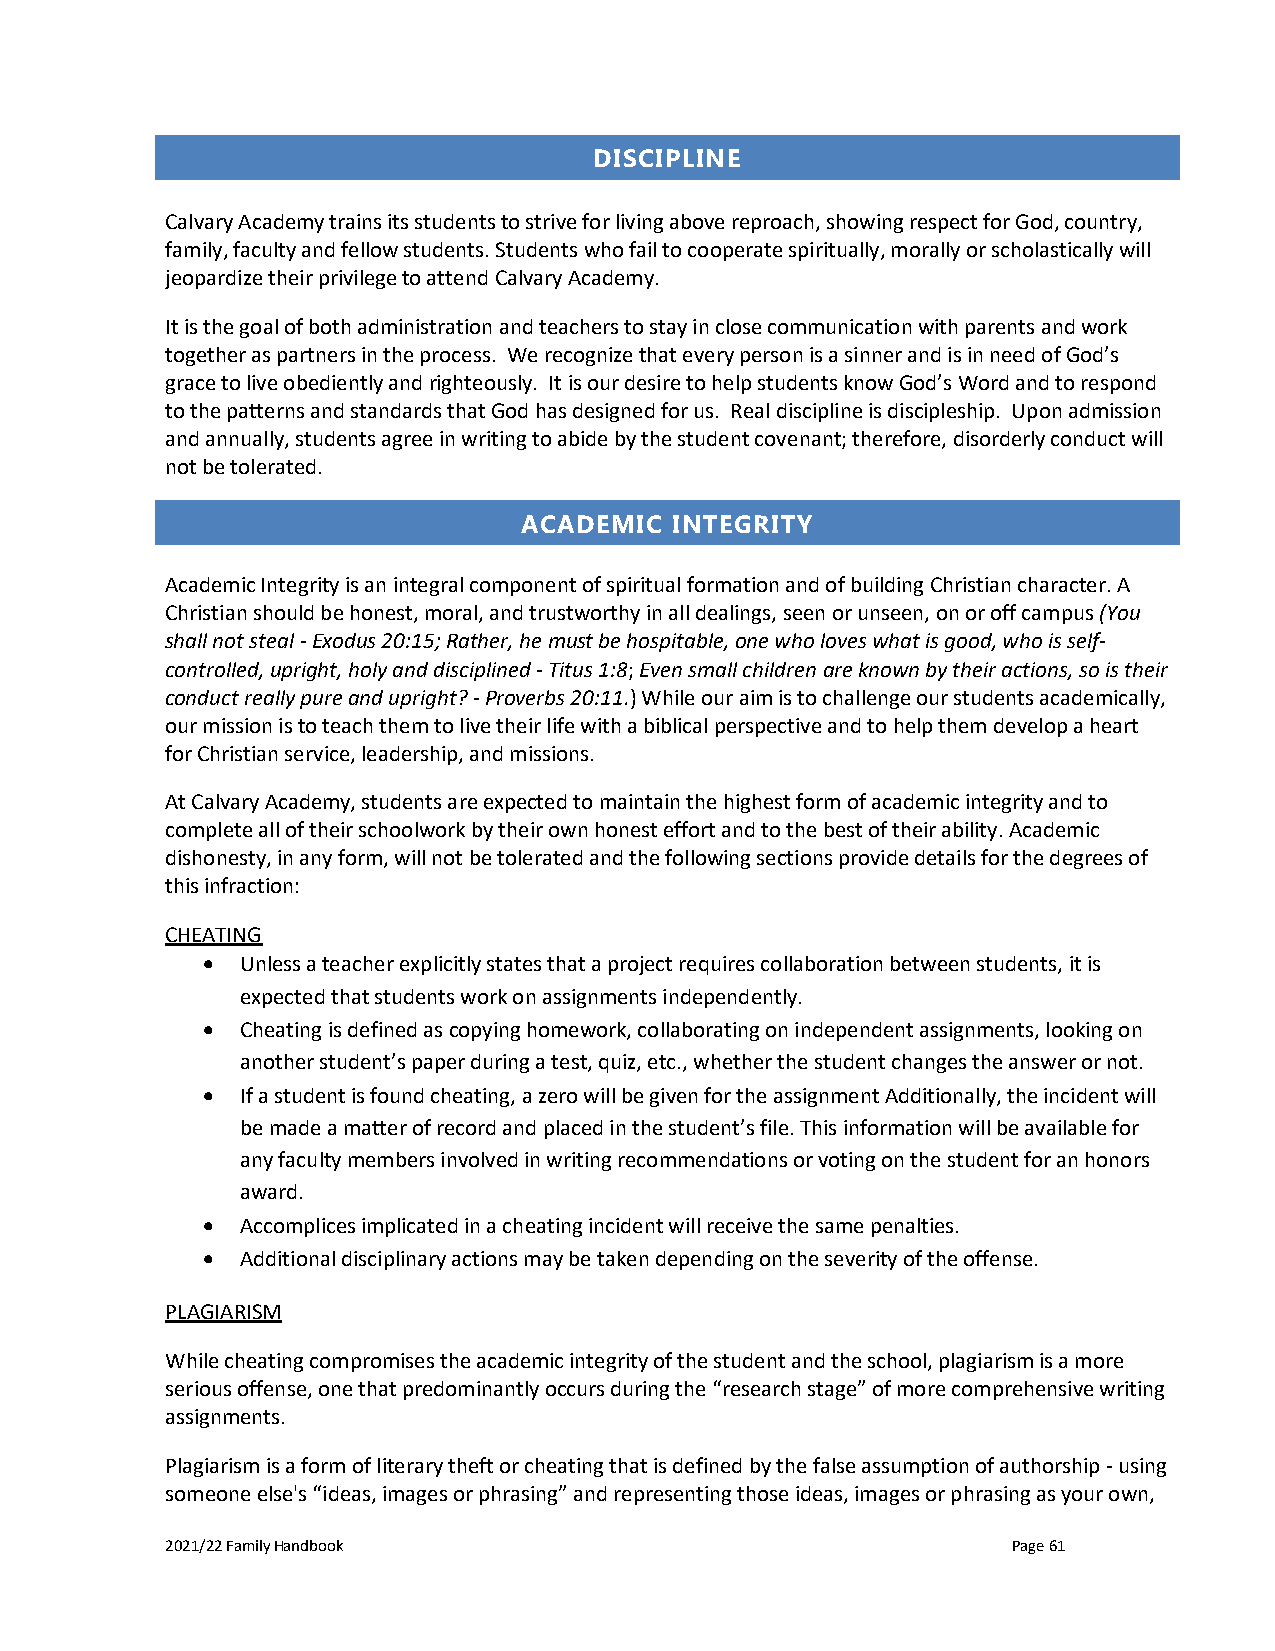
DISCIPLINE
 Calvary Academy trains its students to strive for living above reproach, showing respect for God, country,
 family, faculty and fellow students. Students who fail to cooperate spiritually, morally or scholastically will
 jeopardize their privilege to attend Calvary Academy.
 It is the goal of both administration and teachers to stay in close communication with parents and work
 together as partners in the process. We recognize that every person is a sinner and is in need of God’s
 grace to live obediently and righteously. It is our desire to help students know God’s Word and to respond
 to the patterns and standards that God has designed for us. Real discipline is discipleship. Upon admission
 and annually, students agree in writing to abide by the student covenant; therefore, disorderly conduct will
 not be tolerated.
 ACADEMIC  INTEGRITY
 Academic Integrity is an integral component of spiritual formation and of building Christian character. A
 Christian should be honest, moral, and trustworthy in all dealings, seen or unseen, on or off campus (You
 shall not steal - Exodus 20:15; Rather, he must be hospitable, one who loves what is good, who is self-
 controlled, upright, holy and disciplined - Titus 1:8; Even small children are known by their actions, so is their
 conduct really pure and upright? - Proverbs 20:11.) While our aim is to challenge our students academically,
 our mission is to teach them to live their life with a biblical perspective and to help them develop a heart
 for Christian service, leadership, and missions.
 At Calvary Academy, students are expected to maintain the highest form of academic integrity and to
 complete all of their schoolwork by their own honest effort and to the best of their ability. Academic
 dishonesty, in any form, will not be tolerated and the following sections provide details for the degrees of
 this infraction:
 CHEATING
 •  Unless a teacher explicitly states that a project requires collaboration between students, it is
 expected that students work on assignments independently.
 •  Cheating is defined as copying homework, collaborating on independent assignments, looking on
 another student’s paper during a test, quiz, etc., whether the student changes the answer or not.
 •  If a student is found cheating, a zero will be given for the assignment Additionally, the incident will
 be made a matter of record and placed in the student’s file. This information will be available for
 any faculty members involved in writing recommendations or voting on the student for an honors
 award.
 •  Accomplices implicated in a cheating incident will receive the same penalties.
 •  Additional disciplinary actions may be taken depending on the severity of the offense.
 PLAGIARISM
 While cheating compromises the academic integrity of the student and the school, plagiarism is a more
 serious offense, one that predominantly occurs during the “research stage” of more comprehensive writing
 assignments.
 Plagiarism is a form of literary theft or cheating that is defined by the false assumption of authorship - using
 someone else's “ideas, images or phrasing” and representing those ideas, images or phrasing as your own,
 2021/22 Family Handbook                                 Page 61